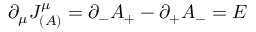
\partial _ { \mu } J _ { ( A ) } ^ { \mu } = \partial _ { - } A _ { + } - \partial _ { + } A _ { - } = E